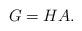
LaTeX: \begin{align*} G = HA. \end{align*}